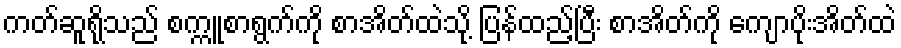
ကတ်ဆူရိုသည် စက္ကူစာရွက်ကို စာအိတ်ထဲသို့ ပြန်ထည့်ပြီး စာအိတ်ကို ကျောပိုးအိတ်ထဲ